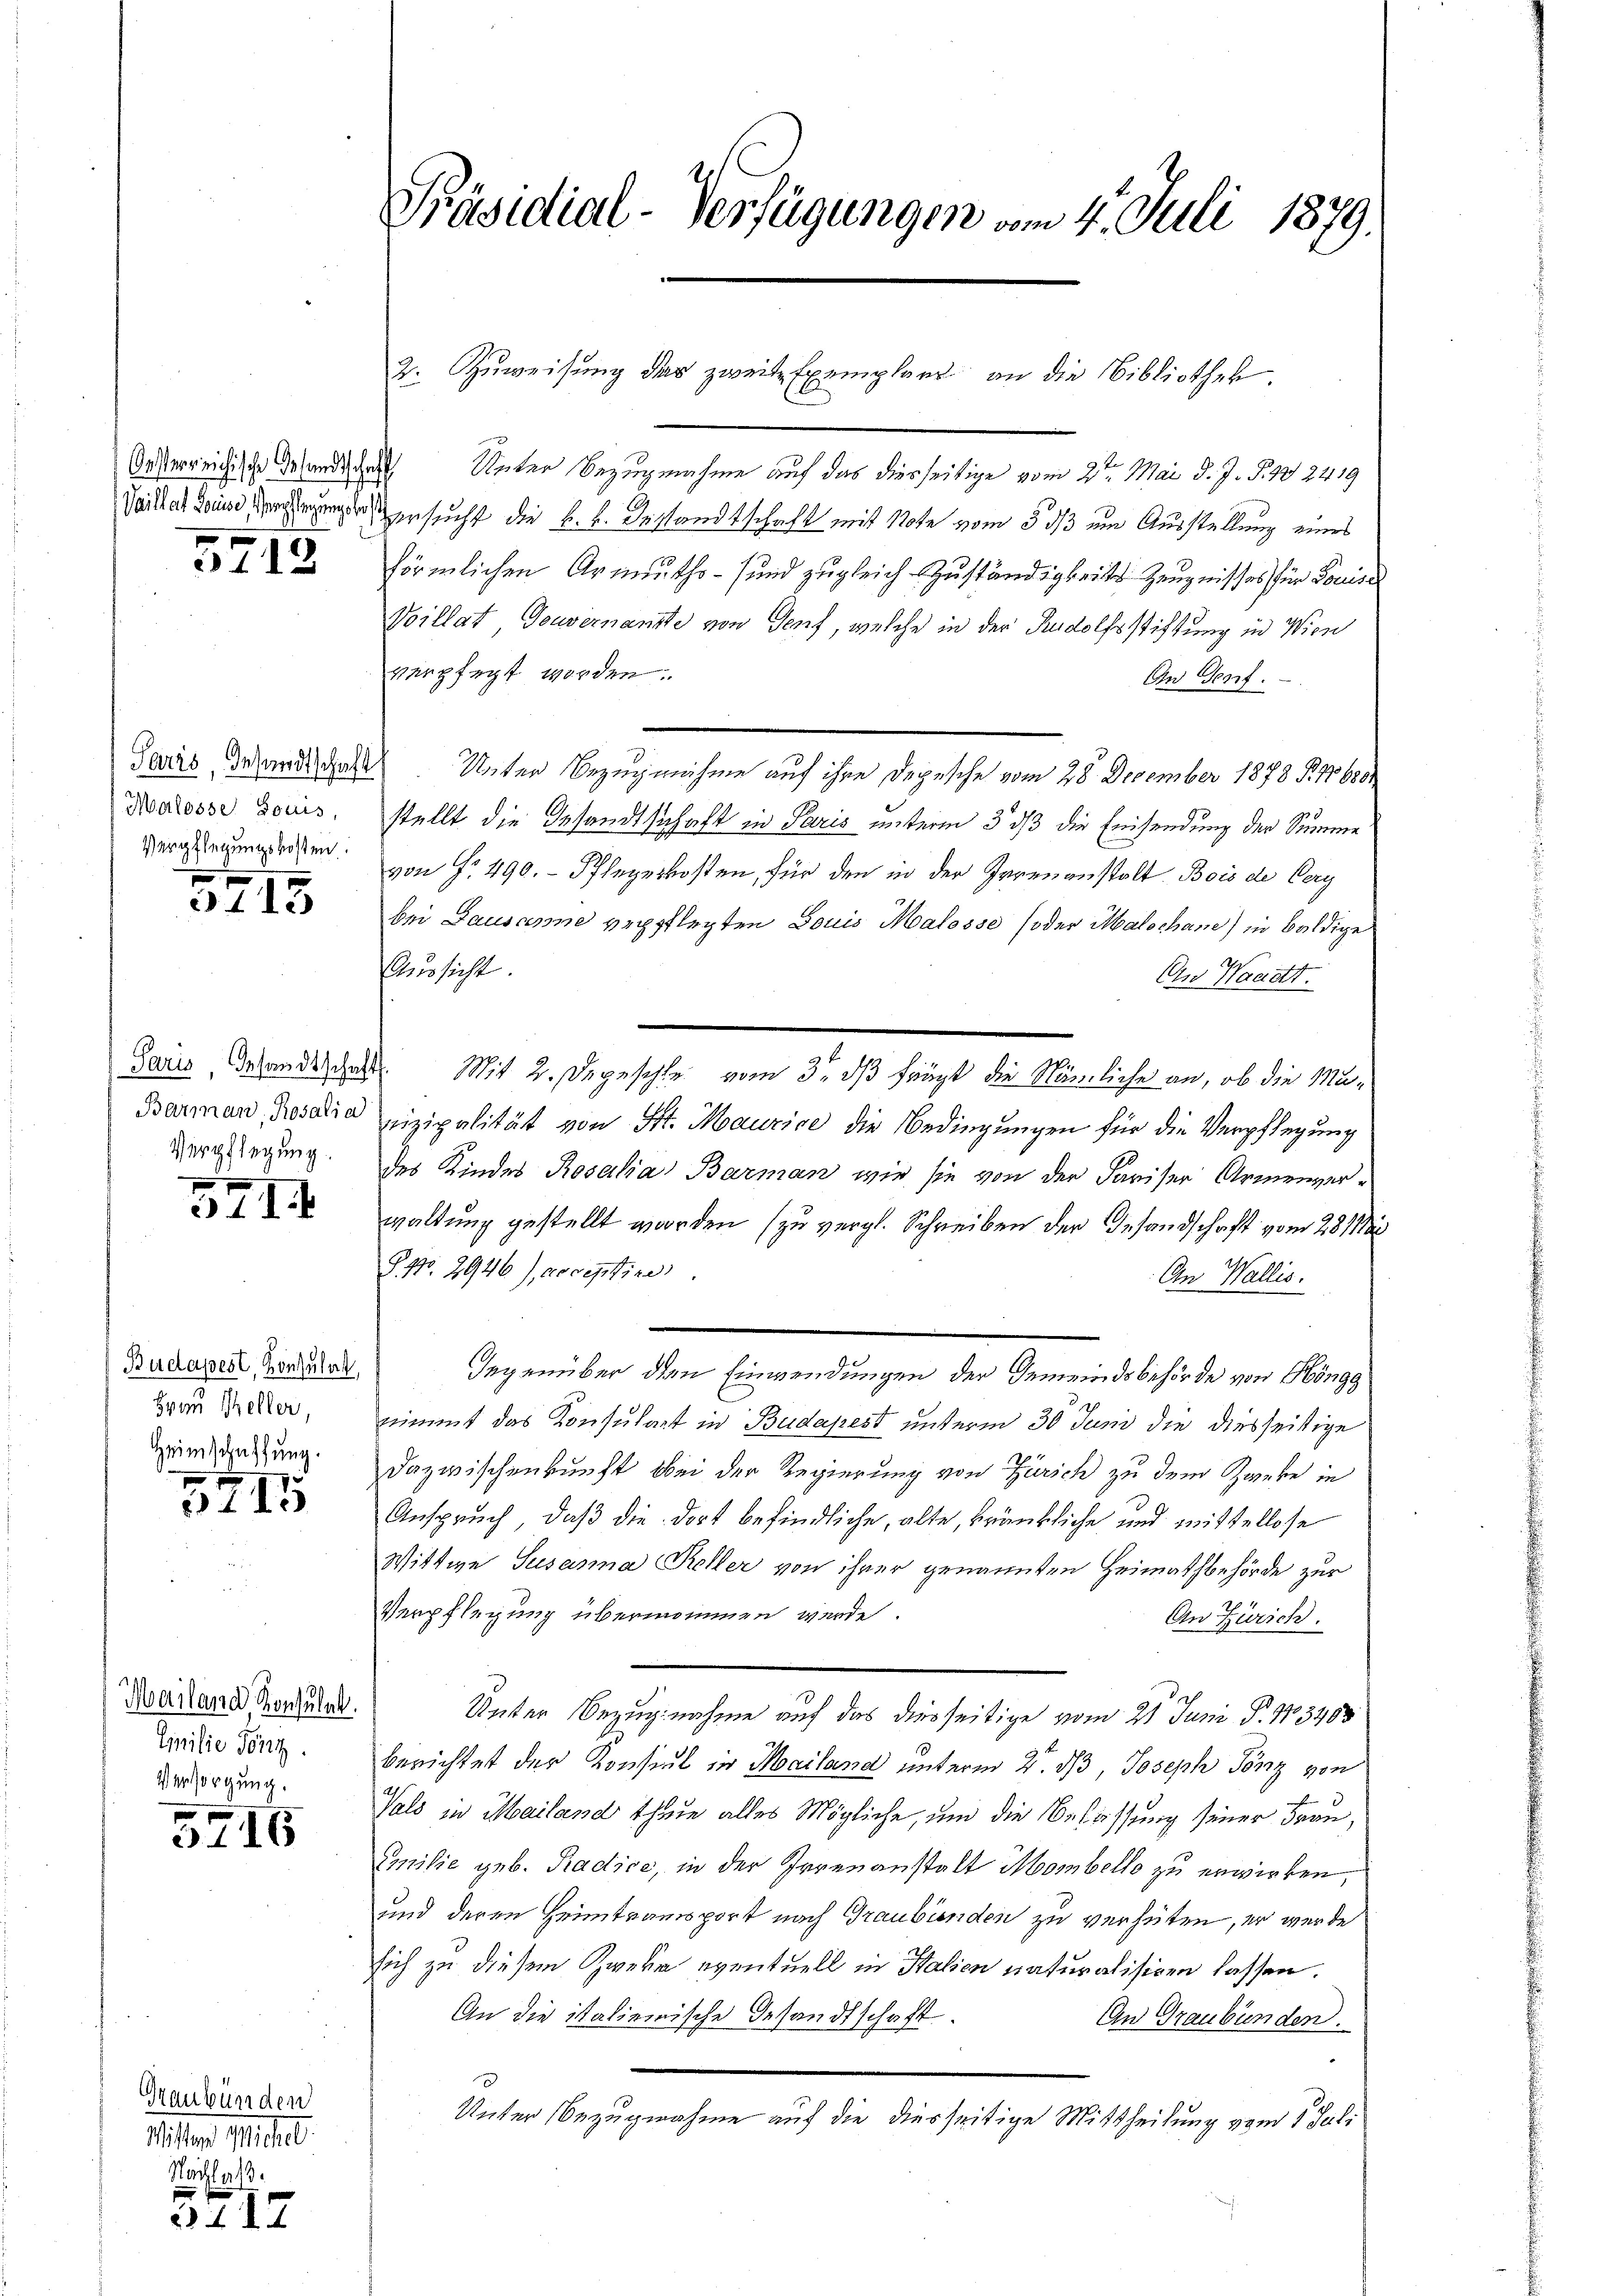
Oesterreichische Gesandtsche
Vaillat Louise, Verpflegungsber

5712

Paris, Gesandtschaft
Malosse Socis,
Verpflegungskosten.

3113

Paris, Gesandtschaft
Barman, Rosalia
Verpflegung.

f
31

Budapest, Konsulat,
Frau Keller,
Heimschaffung.

5115

Mailand Konsulat
Enilie Tönz.
Versorgung.

5716

Staubünden
Wistand Michel
Nachlaß.

4. d. 7.

Präsidial-Verfügungen vom 4. Juli 1879.

2. Zuweisung der zweite Exemplars an die Bibliothek.

.
Unter Bezugnahme auf das diesseitige vom 2ten Mai d. J. S. 482419
ersucht die k.k. Bestandtschaft mit Note vom 3. ds um Ausstellung eines
förmlichen Armuths- und zugleich Zuständigkeits Zeugnisses für Louise
Voillat, Gouvernannte von Genf, welche in der Rudolfsstiftung in Wien
verpfegt worden.
An Genf.
Unter Bezugnahme auf ihre Depesche vom 28. December 1878 §. 1680
stellt die Gesandtschaft in Paris unterm 3. ds die Einsendung der Summe
von Fr. 490. Pflegerkosten, für den in der Irrenanstalt. Bois de Cery
bei Lausanne verpflegten Louis Malosse (oder Malschan) in baldige
Aussicht.
An Waadt.
 Mit 2. Depeschle vom 3. dβ frägt die Nämliche an, ob die Muvizipalität von St. Maurice die Bedingungen für die Verpflegung
des Kindes Rosalia Barman wie sie von der Pariser Armenverwaltung gestellt worden (zu vergl. Schreiben der Gesandschaft vom 281
§. 7. 2946), receptire
An Wallis.
e
Gegenüber den Einwendungen der Gemeindsbehörde von Höngg
nimmt das Konsulat in Budapest unterm 30 Juni die diesseitige
Dazwischenkunft bei der Regierung von Zürich zu dem Zweke in
Anspruch, daß die dort befindliche, alte, kränkliche und mittellose
Wittwe Susanna Keller von ihrer genannten Heimathbehörde zur
Verpflegung übernommen werde.
An Zürich.
Unter Bezugnahme auf das diesseitige vom 21. Juni P. 13463
berichtet der Konsul in Mailand unterm 2. dβ, Joseph Tönz von
Vals in Mailand thue alles Mögliche, und die Befassung seiner Frau,
milie geb. Radice, in der Irrenanstalt Mombello zu erwirken,
und deren Heimtransport nach Graubünden zu verhüten, er werde
sich zu diesem Zweke eventuell in Halien naturalisiren lassen.
An die italienische Gesandtschaft.
An Graubünden.
Unter Bezugnahme auf die diesseitige Mittheilung vom 1. Juli